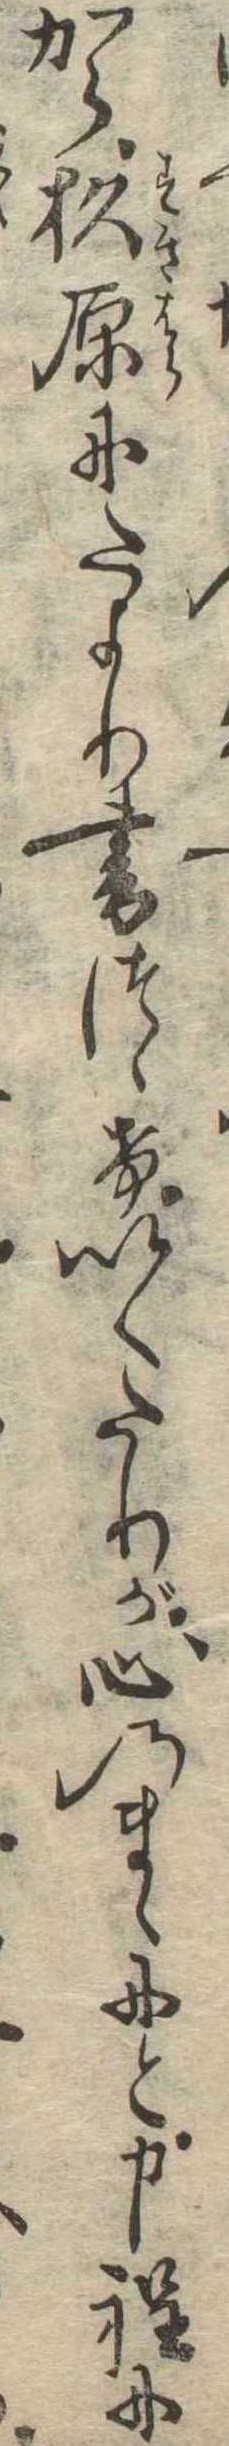
から杉原にたより書つゞけいくたりが心のまゝにと申程に